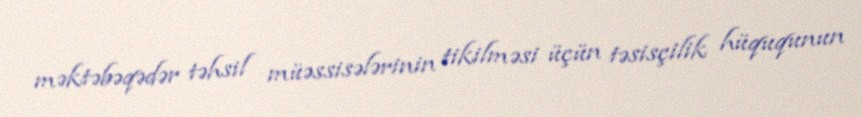
məktəbəqədər təhsil müəssisələrinin tikilməsi üçün təsisçilik hüququnun